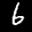
Label: 6